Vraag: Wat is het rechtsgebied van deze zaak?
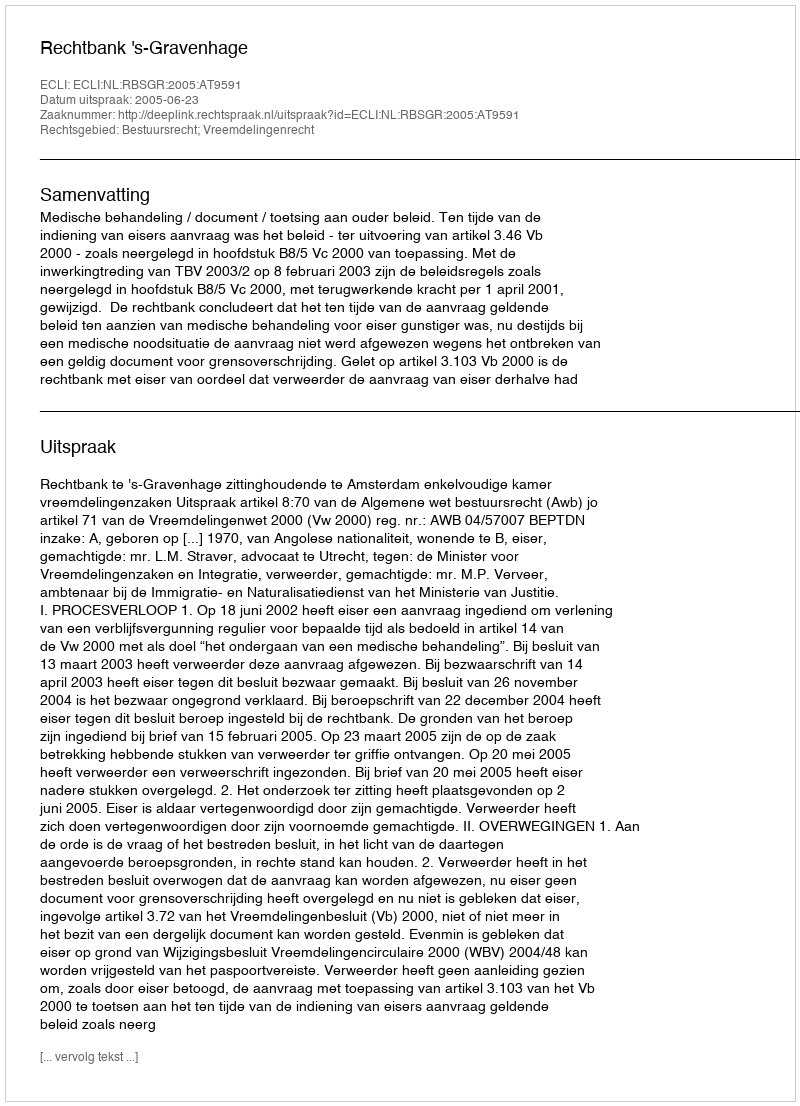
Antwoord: Bestuursrecht; Vreemdelingenrecht